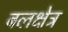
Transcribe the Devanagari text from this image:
बलक्षेत्र